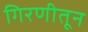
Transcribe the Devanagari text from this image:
गिरणीतून